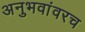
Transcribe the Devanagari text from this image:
अनुभवांवरच